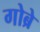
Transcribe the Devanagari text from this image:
गोब्रे